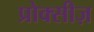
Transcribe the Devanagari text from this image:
प्रोक्सीज़